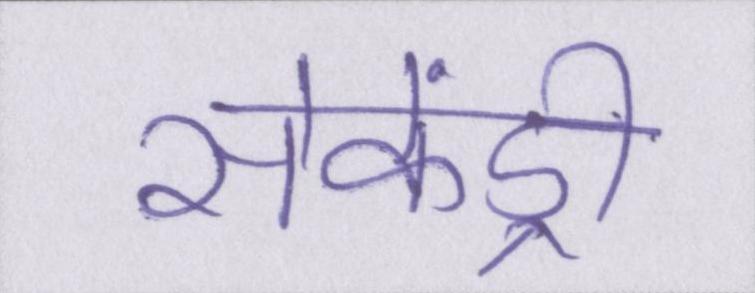
सेकेंड्री